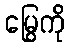
မြွေကို